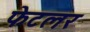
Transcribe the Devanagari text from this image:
फेटलर